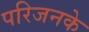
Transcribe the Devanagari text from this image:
परिजनके